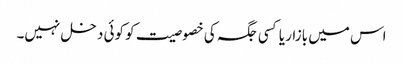
اس میں بازار یا کسی جگہ کی خصوصیت کو کوئی دخل نہیں۔